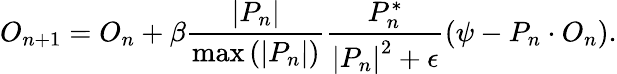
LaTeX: O_{n+1}=O_{n}+\beta\frac{\left|P_{n}\right|}{\operatorname*{max}\left(\left|P_{n}\right|\right)}\frac{P_{n}^{*}}{\left|P_{n}\right|^{2}+\epsilon}\left(\psi-P_{n}\cdot O_{n}\right).